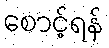
စောင့်ရန်